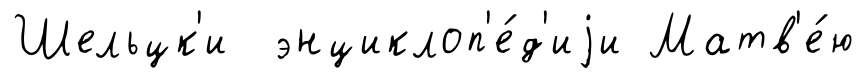
Шельцк'и энциклоп'е́д'иjи Матв'е́ю